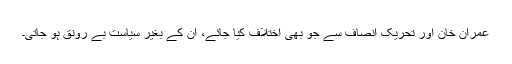
عمران خان اور تحریک انصاف سے جو بھی اختلاف کیا جائے، ان کے بغیر سیاست بے رونق ہو جاتی۔